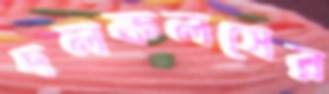
দলকলসের